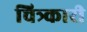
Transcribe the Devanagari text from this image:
चित्र्कारी